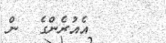
އެއުރެންގެ  ން